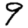
Digit: 9